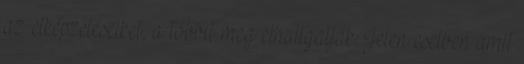
az elképzeléseiket, a többit meg elhallgatják. Jelen esetben amit